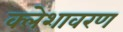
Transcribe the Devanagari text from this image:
क्लेशावरण